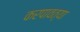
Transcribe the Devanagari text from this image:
करपावत्या